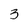
Character: 3